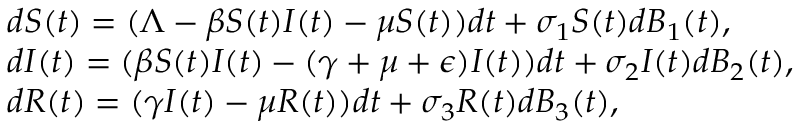
\begin{array} { r l } & { { d S ( t ) } = ( \Lambda - \beta S ( t ) I ( t ) - \mu S ( t ) ) d t + \sigma _ { 1 } S ( t ) d B _ { 1 } ( t ) , } \\ & { { d I ( t ) } = ( \beta S ( t ) I ( t ) - ( \gamma + \mu + \epsilon ) I ( t ) ) d t + \sigma _ { 2 } I ( t ) d B _ { 2 } ( t ) , } \\ & { { d R ( t ) } = ( \gamma I ( t ) - \mu R ( t ) ) d t + \sigma _ { 3 } R ( t ) d B _ { 3 } ( t ) , } \end{array}